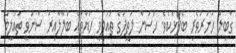
ގާބިލް ހުނަރުވެރި ބޭފުޅެކެވެ. ހަސަން ލަތީފްގެ ތައުލީމީ ހަޔާތައް ބަލާލާއިރު ސާނަވީ ތައުލީމް